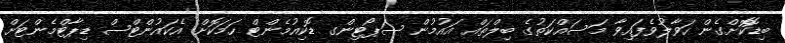
ބިޑޮކޮށްގެން ހަވާލުވެފައިވާ މަސައްކަތުގެ ބިލްތައް އައުމުން ސަޕޯޓިންގ ޑޮކިއުމެންޓް ހަމަކޮށް އެކައުންޓްސް ޑިޕާޓްމެންޓަށް